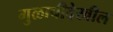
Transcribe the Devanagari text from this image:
गुळाचीदेखील